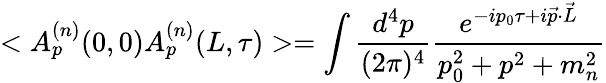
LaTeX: <A_{p}^{(n)}(0,0)A_{p}^{(n)}(L,\tau)>=\int\frac{d^{4}p}{(2\pi)^{4}}\frac{e^{-ip_{0}\tau+i\vec{p}\cdot\vec{L}}}{p_{0}^{2}+p^{2}+m_{n}^{2}}